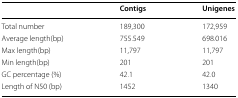
<table><thead><tr><td></td><td><b>Contigs</b></td><td><b>Unigenes</b></td></tr></thead><tbody><tr><td>Total number</td><td>189,300</td><td>172,959</td></tr><tr><td>Average length(bp)</td><td>755.549</td><td>698.016</td></tr><tr><td>Max length(bp)</td><td>11,797</td><td>11,797</td></tr><tr><td>Min length(bp)</td><td>201</td><td>201</td></tr><tr><td>GC percentage (%)</td><td>42.1</td><td>42.0</td></tr><tr><td>Length of N50 (bp)</td><td>1452</td><td>1340</td></tr></tbody></table>